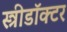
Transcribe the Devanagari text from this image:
स्त्रीडॉक्टर